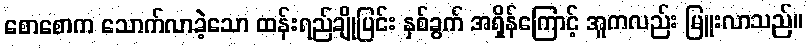
စောစောက သောက်လာခဲ့သော ထန်းရည်ချိုပြင်း နှစ်ခွက် အရှိန်ကြောင့် အူကလည်း မြူးလာသည်။